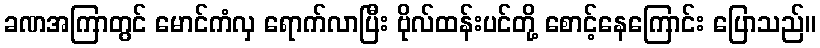
ခဏအကြာတွင် မောင်ကံလှ ရောက်လာပြီး ဗိုလ်ထန်းပင်တို့ စောင့်နေကြောင်း ပြောသည်။